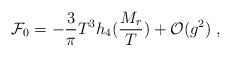
\begin{align*}{\cal F}_0 = -\frac{3}{\pi}T^3h_4(\frac{M_r}{T})+ {\cal O}(g^2)\;,\end{align*}